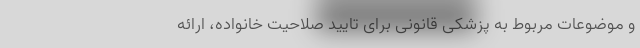
و موضوعات مربوط به پزشکی قانونی برای تایید صلاحیت خانواده، ارائه